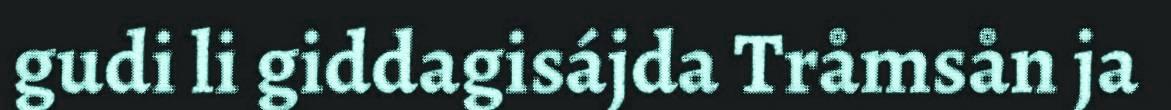
gudi li giddagisájda Tråmsån ja